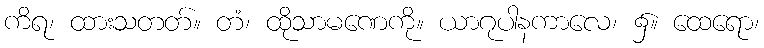
ကိရ၊ ထားသတတ်။ တံ၊ ထိုသာမဏေကို။ ယာဂုပါနကာလေ၊ ၌။ ထေရော၊